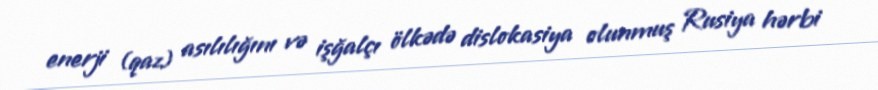
enerji (qaz) asılılığını və işğalçı ölkədə dislokasiya olunmuş Rusiya hərbi